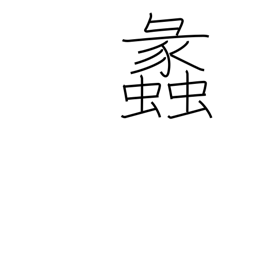
Meaning: conch